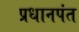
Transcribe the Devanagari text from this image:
प्रधानपंत